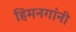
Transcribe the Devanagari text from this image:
हिमनगांनी